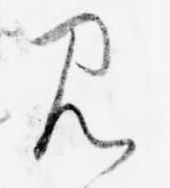
み